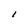
Character: I